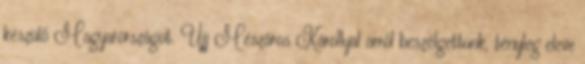
készülő Magyarországot. Ujj Mészáros Károllyal arról beszélgettünk, tényleg eleve